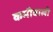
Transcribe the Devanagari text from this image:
कमीवाली